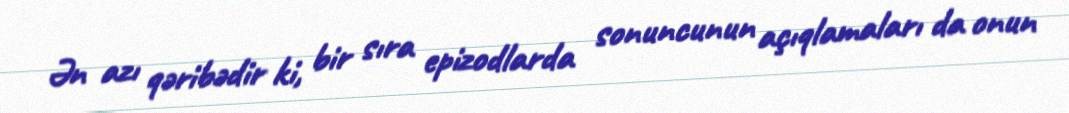
Ən azı qəribədir ki, bir sıra epizodlarda sonuncunun açıqlamaları da onun